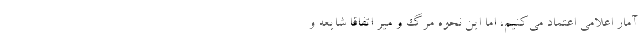
آمار اعلامی اعتماد می‌کنیم، اما این نحوه مرگ و میر اتفاقاً شایعه و